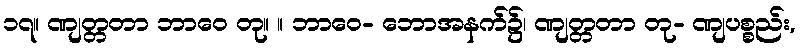
၁၇။ ဏျတ္တတာ ဘာဝေ တု။ ။ ဘာဝေ- ဘောအနက်၌၊ ဏျတ္တတာ တု- ဏျပစ္စည်း,